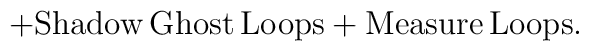
+{\rm Shadow\,Ghost\,Loops}+{\rm Measure\,Loops}.